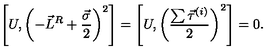
\left[ U , \left( - \vec { L } ^ { R } + \frac { \vec { \sigma } } { 2 } \right) ^ { 2 } \right] = \left[ U , \left( \frac { \sum \vec { \tau } ^ { ( i ) } } { 2 } \right) ^ { 2 } \right] = 0 .